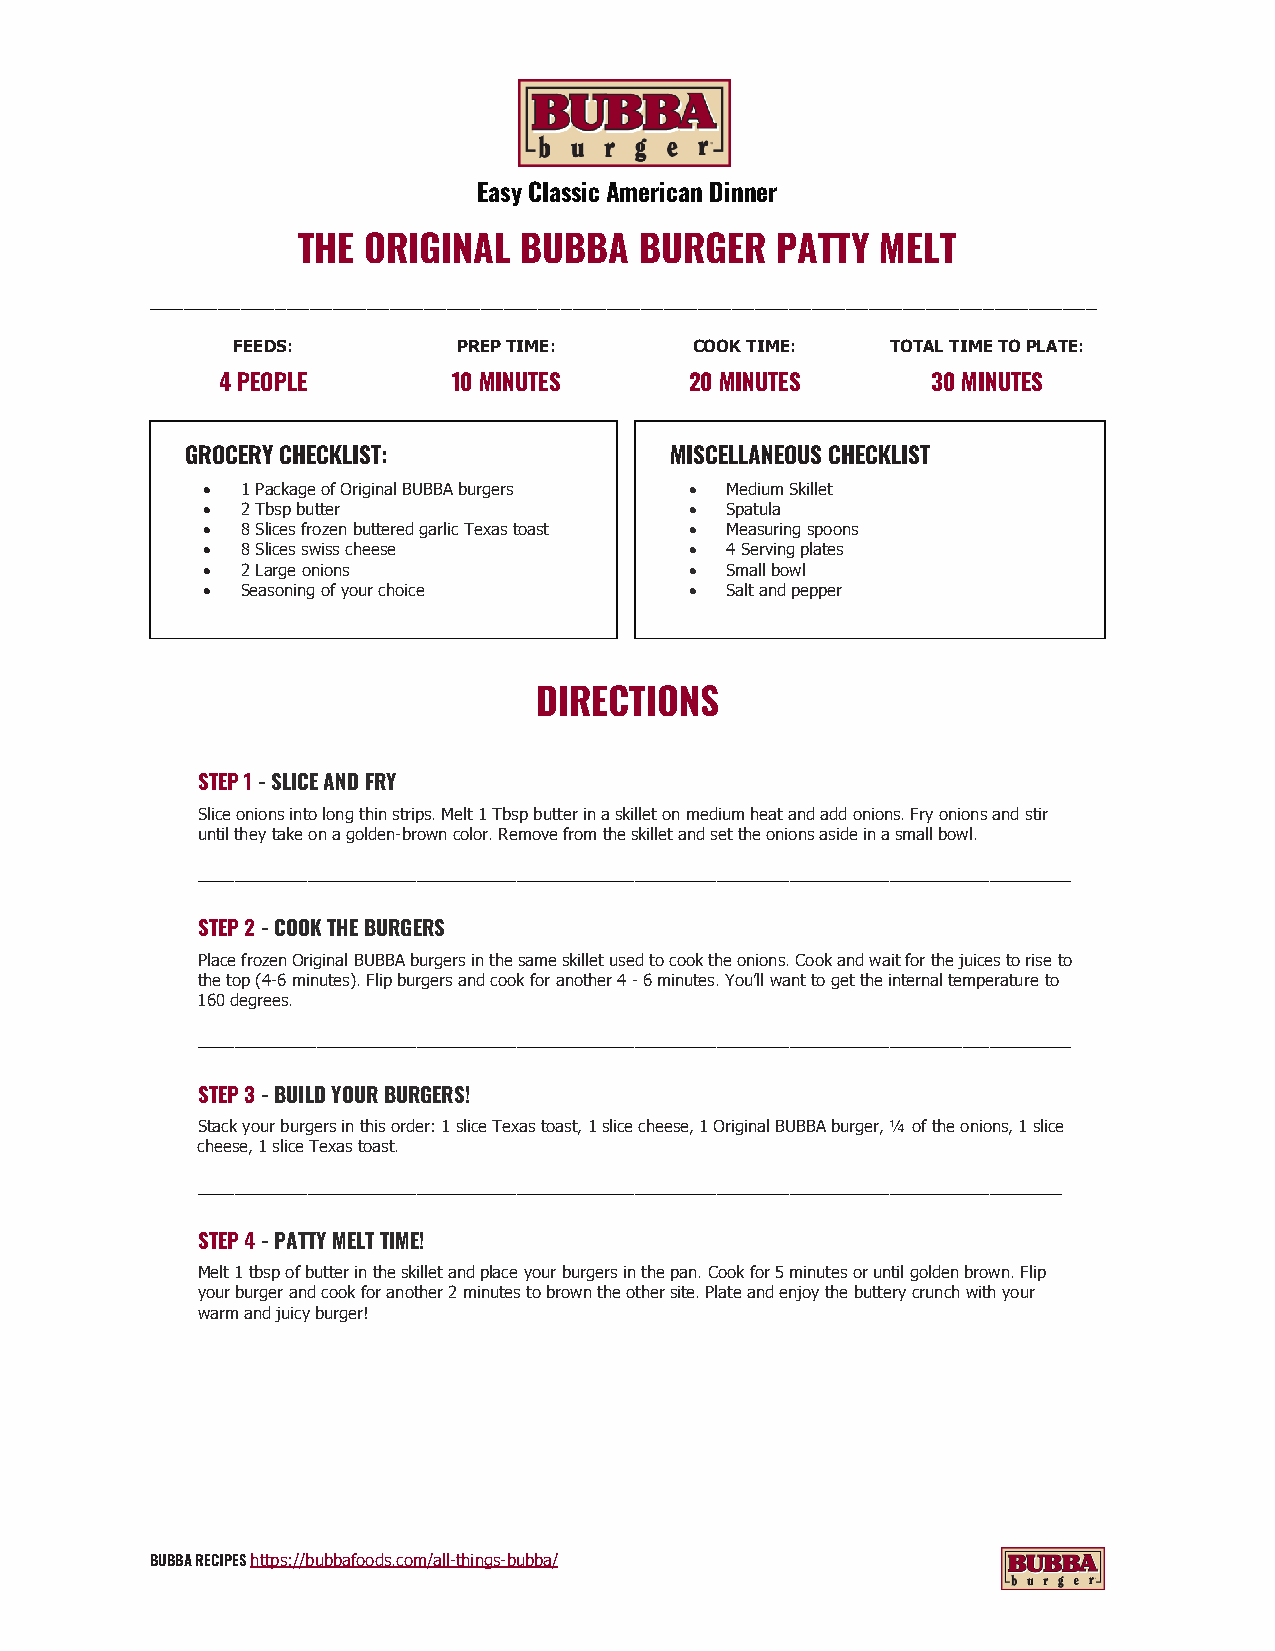
Easy Classic American Dinner
 THE ORIGINAL  BUBBA   BURGER   PATTY  MELT
 ___________________________________________________________________________________
 FEEDS:         PREP TIME:      COOK TIME:   TOTAL TIME TO PLATE:
 4 PEOPLE       10 MINUTES      20 MINUTES      30 MINUTES
 GROCERY CHECKLIST:              MISCELLANEOUS CHECKLIST
 •  1 Package of Original BUBBA burgers • Medium Skillet
 •  2 Tbsp butter                 • Spatula
 •  8 Slices frozen buttered garlic Texas toast • Measuring spoons
 •  8 Slices swiss cheese         • 4 Serving plates
 •  2 Large onions                • Small bowl
 •  Seasoning of your choice      • Salt and pepper
 DIRECTIONS
 STEP 1 - SLICE AND FRY
 Slice onions into long thin strips. Melt 1 Tbsp butter in a skillet on medium heat and add onions. Fry onions and stir
 until they take on a golden-brown color. Remove from the skillet and set the onions aside in a small bowl.
 ________________________________________________________________________________________________
 STEP 2 - COOK THE BURGERS
 Place frozen Original BUBBA burgers in the same skillet used to cook the onions. Cook and wait for the juices to rise to
 the top (4-6 minutes). Flip burgers and cook for another 4 - 6 minutes. You’ll want to get the internal temperature to
 160 degrees.
 ________________________________________________________________________________________________
 STEP 3 - BUILD YOUR BURGERS!
 Stack your burgers in this order: 1 slice Texas toast, 1 slice cheese, 1 Original BUBBA burger, ¼ of the onions, 1 slice
 cheese, 1 slice Texas toast.
 _______________________________________________________________________________________________
 STEP 4 - PATTY MELT TIME!
 Melt 1 tbsp of butter in the skillet and place your burgers in the pan. Cook for 5 minutes or until golden brown. Flip
 your burger and cook for another 2 minutes to brown the other site. Plate and enjoy the buttery crunch with your
 warm and juicy burger!
 BUBBA RECIPES https://bubbafoods.com/all-things-bubba/